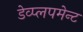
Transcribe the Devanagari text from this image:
डेव्प्लपमेन्ट